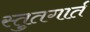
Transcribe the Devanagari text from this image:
स्तुतगार्त